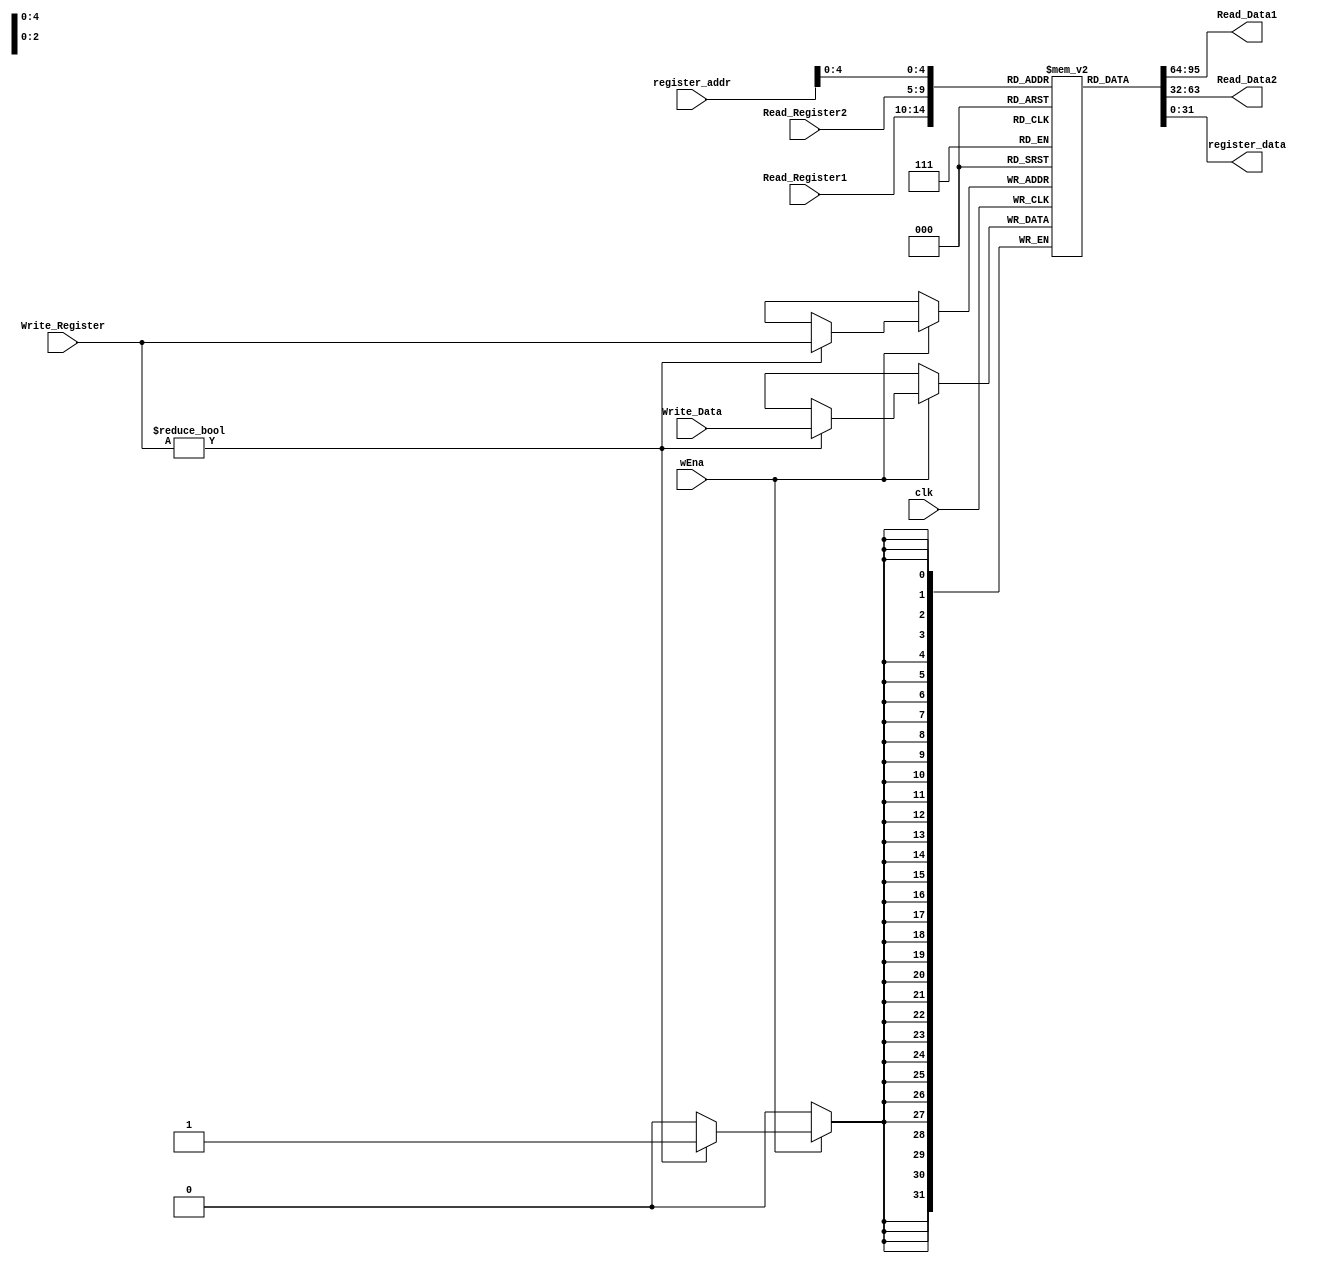
`timescale 1ns / 1ps
//////////////////////////////////////////////////////////////////////////////////
// Company: 
// Engineer: 
// 
// Design Name: 
// Module Name:    reg_file 
// Project Name: 
// Target Devices: 
// Tool versions: 
// Description: 
//
// Dependencies: 
//
// Revision: 
// Revision 0.01 - File Created
// Additional Comments: 
//
//////////////////////////////////////////////////////////////////////////////////
module REG_FILE(
	input clk,
	input wEna,
    input [4:0] Read_Register1,
    input [4:0] Read_Register2,
    input [4:0] Write_Register,
    input [31:0] Write_Data,
    output [31:0] Read_Data1, 
    output [31:0] Read_Data2,
    input  [31:0] register_addr,
    output [31:0] register_data
);
	
	reg [31:0] register [31:0];
	integer i;
	initial 
    begin
		for(i = 0; i < 32; i = i + 1)  register[i] <= 0;
    end
	
	assign Read_Data1 = register[Read_Register1];
	assign Read_Data2 = register[Read_Register2];
    assign register_data=register[register_addr[4:0]];
	always @(posedge clk)
	begin
		if (wEna)
		begin
			if (Write_Register)
			register[Write_Register] <= Write_Data;
		end
	end
endmodule